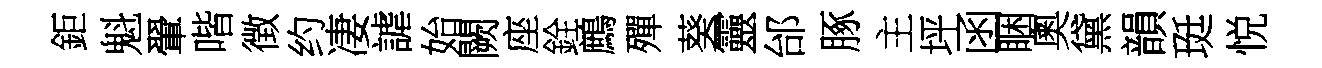
鉅魁翬喈徴约凄謔始闕座銓鷓殫葵靈邰䐁主坪函睏奧黛韻珽悦